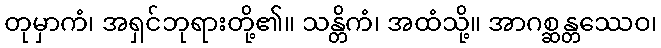
တုမှာကံ၊ အရှင်ဘုရားတို့၏။ သန္တိကံ၊ အထံသို့။ အာဂစ္ဆန္တဿေဝ၊